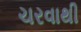
ચરવાથી